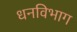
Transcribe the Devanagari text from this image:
धनविभाग